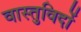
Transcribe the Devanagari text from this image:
वास्‍तुविदों